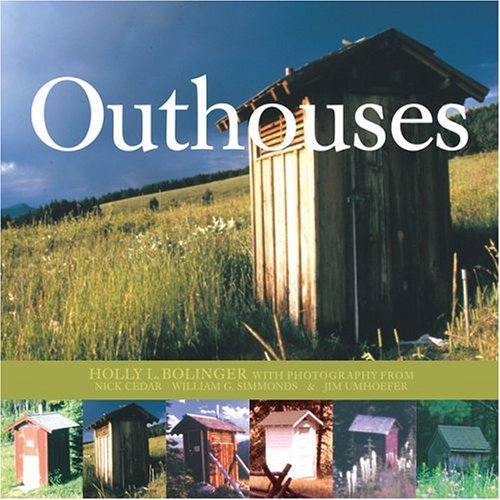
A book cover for Outhouses; Holly Bollinger; Humor & Entertainment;